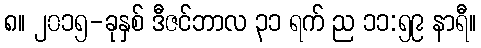
၈။ ၂၀၁၅-ခုနှစ် ဒီဇင်ဘာလ ၃၁ ရက် ည ၁၁:၅၉ နာရီ။